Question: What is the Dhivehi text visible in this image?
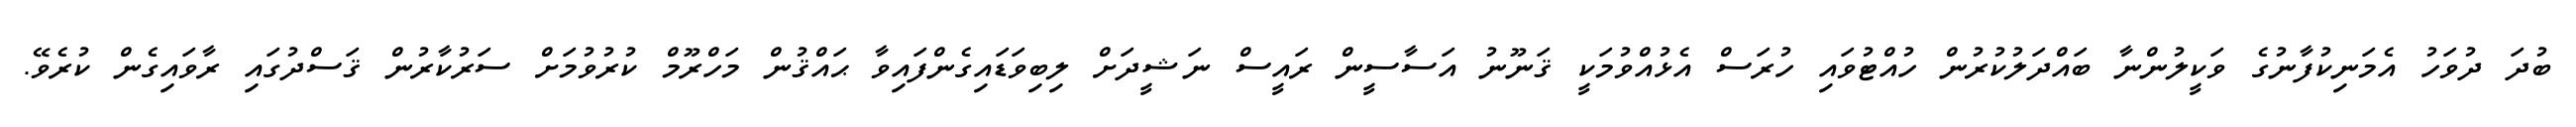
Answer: ބުދަ ދުވަހު އެމަނިކުފާނުގެ ވަކީލުންނާ ބައްދަލުކުރުން ހުއްޓުވައި ހުރަސް އެޅުއްވުމަކީ ޤަނޫނު އަސާސީން ރައީސް ނަޝީދަށް ލިބިވަޑައިގެންފައިވާ ޙައްޤުން މަހްރޫމް ކުރުވުމަށް ސަރުކާރުން ޤަސްދުގައި ރާވައިގެން ކުރެވޭ.